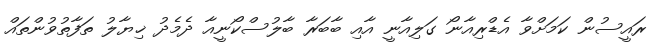
ރައީސުން ކަމަށްވާ އެޑްރިއާނޯ ގަލިއާނީ އާއި ބާބަރާ ބާލުސްކޯނީއާ ދެމެދު ޚިޔާލު ތަފާތުވުންތައް